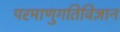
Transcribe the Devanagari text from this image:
परमाणुगतिविज्ञान